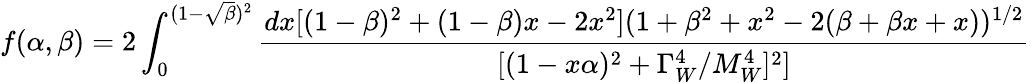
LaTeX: f(\alpha,\beta)=2\int_{0}^{(1-\sqrt{\beta})^{2}}{\frac{dx[(1-\beta)^{2}+(1-\beta)x-2x^{2}](1+\beta^{2}+x^{2}-2(\beta+\beta x+x))^{1/2}}{[(1-x\alpha)^{2}+\Gamma_{W}^{4}/M_{W}^{4}]^{2}]}}